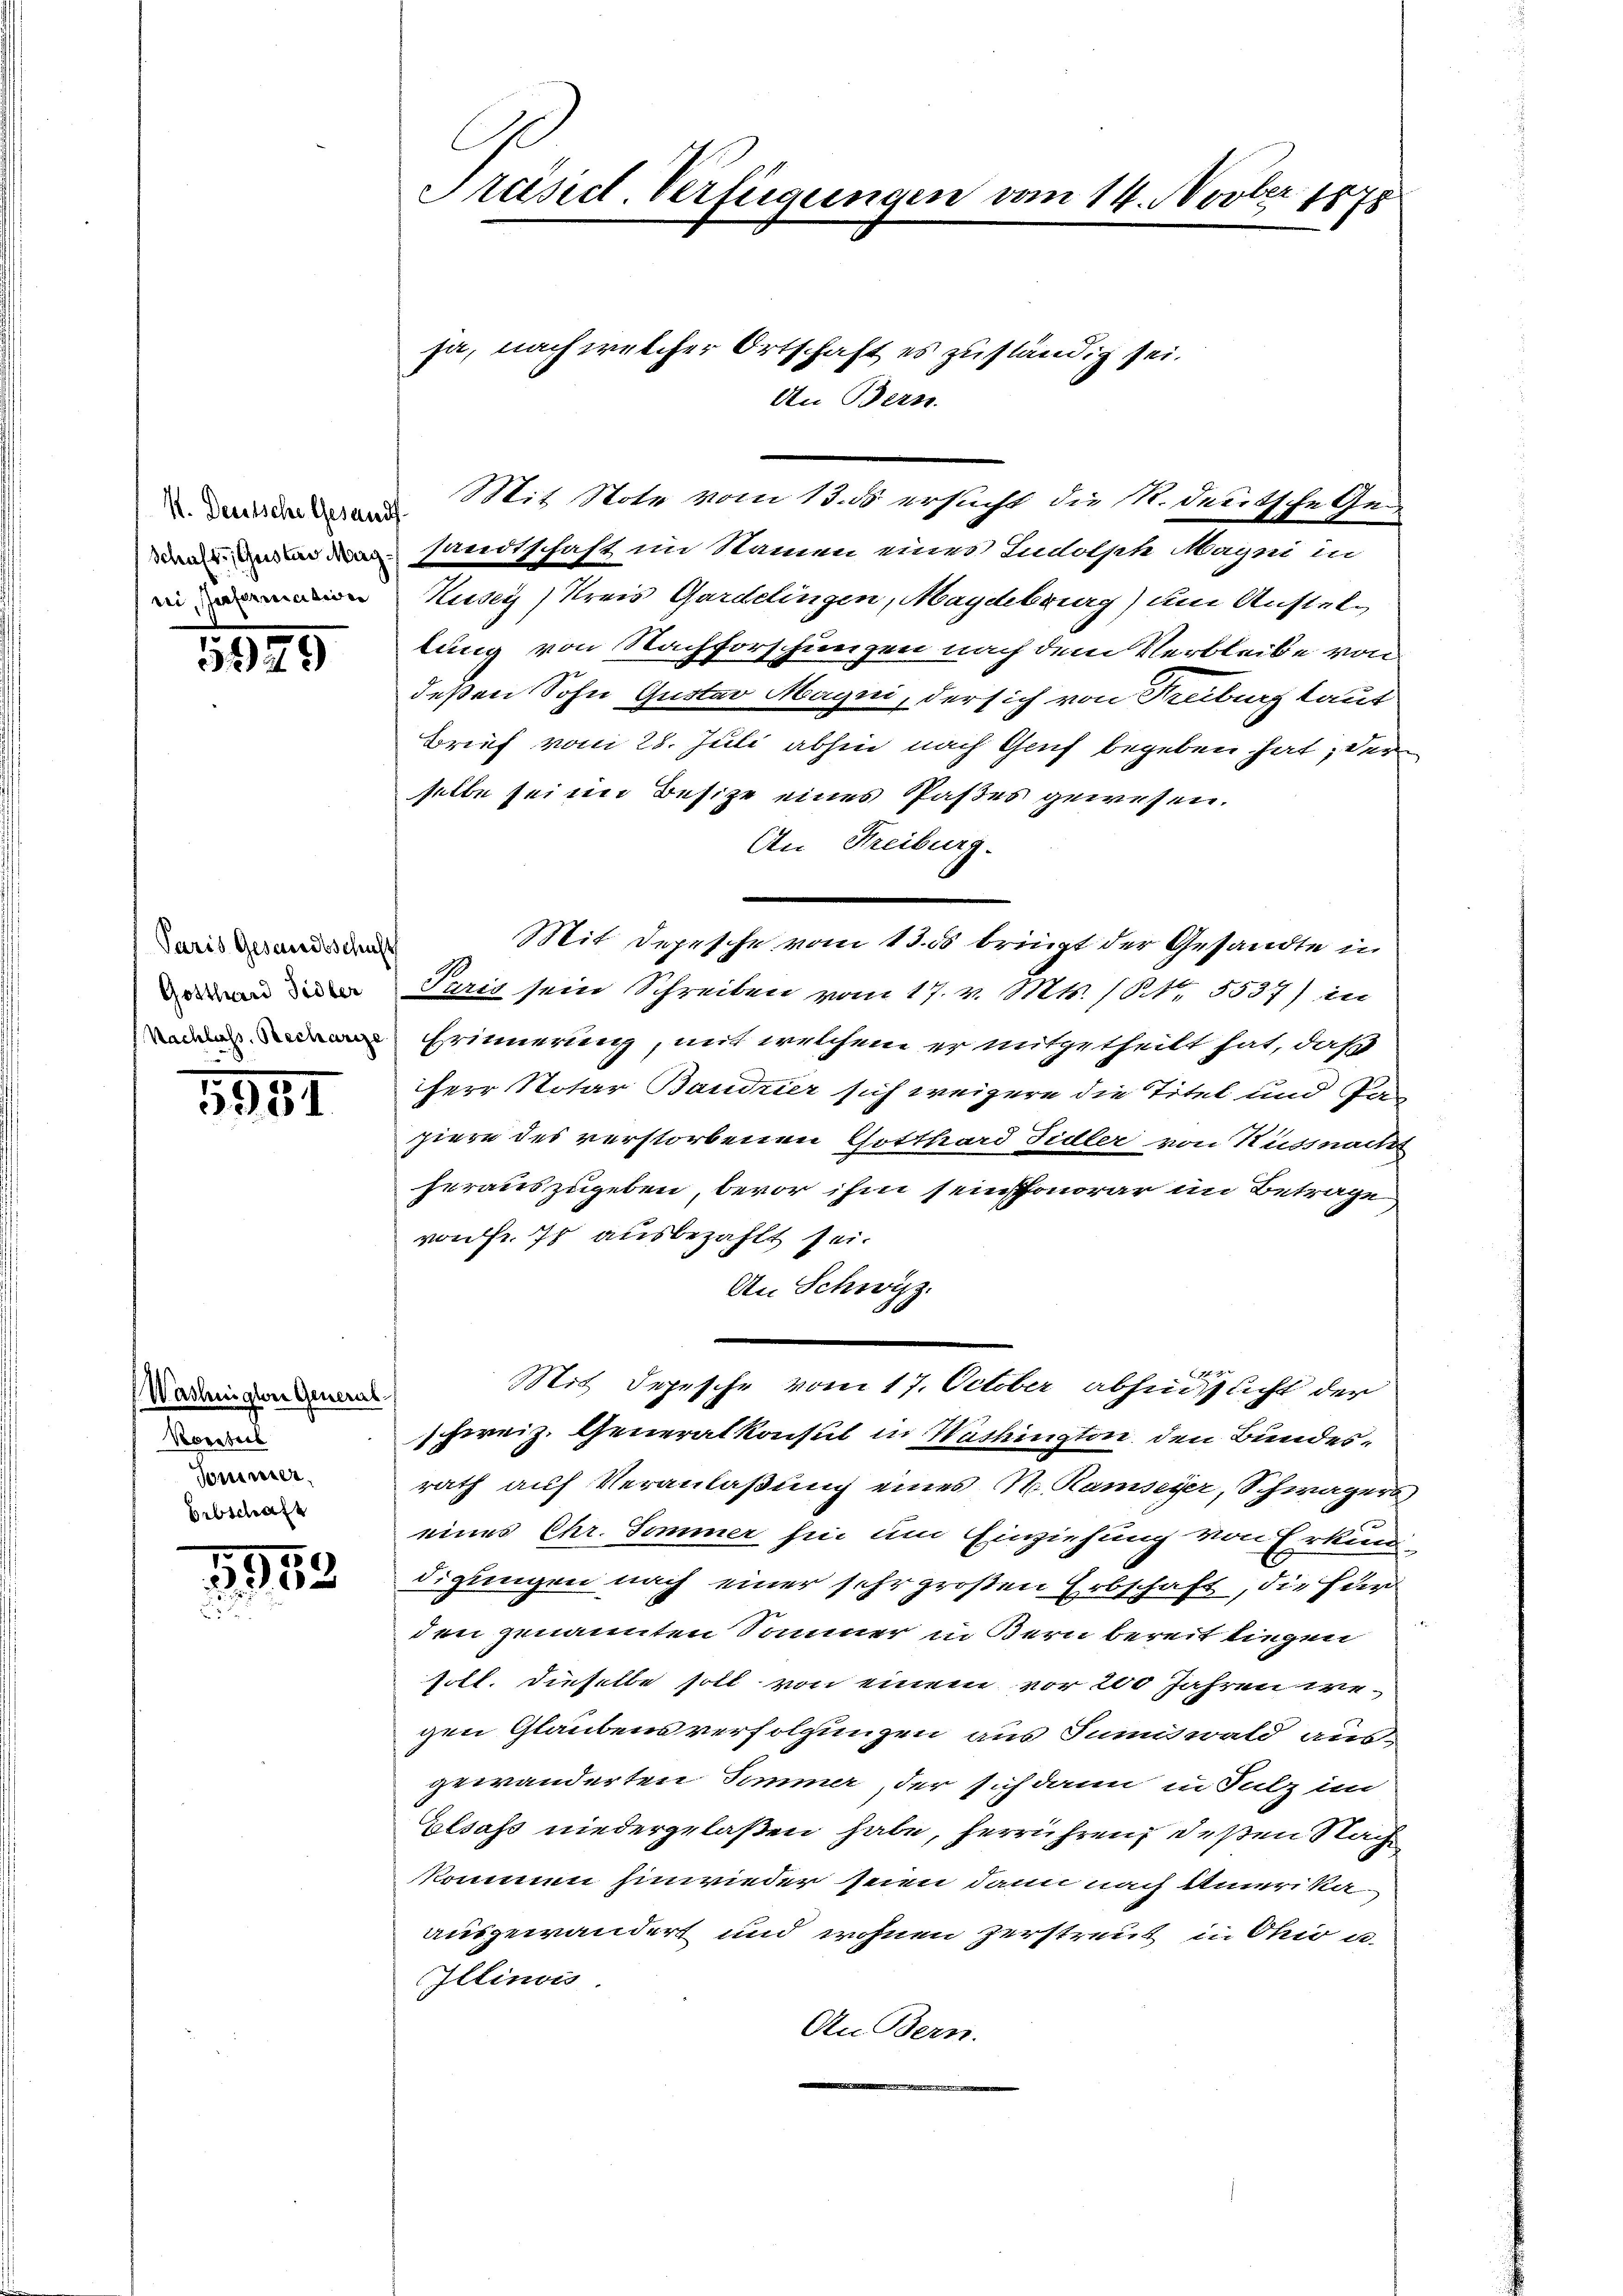
I. Deutsche Gesandt
Schaft, Gustav Mag
rri, Genferiration

5929

Paris Gesandtschaft
Gotthard Sidler
Nachlass. Becharis

5981

(Washingler General
Korsteil
Sommer,
Erbschaft

11953

Präsid. Verfügungen vom 14. Novber 1878

ja, nach welcher Ortschaft es zuständig sei.
An Bern.
Mit Note vom 13. ds ersucht die R. deutsche Gesandtschaft im Namen eines Indolste Magni in
Kusey) Kreis Gardelingen, Maydebrurg) um Anstellung von Nachforschungen nach dem Verbleibe von
deßen Sohn Gustav Magni, der sich von Treiburg laut
Brief vom 28. Juli abhin nach Genf begeben hat, der
selbe sei im Besitze eines Paßes gewesen.
An Freiburg.
Paris sein Schreiben vom 17. v. Mts. (S. 5537) in
Erinnerung, mit welchem er mitgetheilt hat, daß
Herr Notar Baudner sich weigere die Titel und In
piere des verstorbenen Gotthard Fidler von Küssnach
herauszugeben, bevor ihm seinhonorar im Betrage
von Fr. 70 ausbezahlt sei.
An Schwyz.

Mit Depesche vom 17. October abhin nicht der
schweiz. Generalkonsul in Nashington den Bundesrath auf Veranlaßung eines M. Hamseyer, Schwägers
eines Chr. Sommer hin um Einziehung von Erkun
digungen nach einer sehr großen Erbschaft, die für
den genannten Sommer in Bern bereit liegen
soll. Dieselbe soll von einem vor 200 Jahren wegen Glaubensverfolgungen aus Sumiswald ausgewänderten Sommer, der sich dann in Sulz im
Elsass niedergelaßen habe, herrühren, deßen Nach
kommen hinwieder seien dann nach Amerika
ausgewandert und wohnen zerstreut in Ohio a.
Illinois
An Bern.

Mit Depesche vom 13. ds bringt der Gesandte in